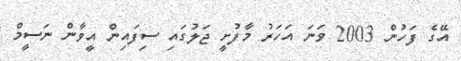
އޭގެ ފަހުން 2003 ވަނަ އަހަރު މާފުށީ ޖަލުގައި ސިފައިން އީވާން ނަސީމް